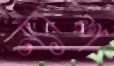
ন্যাশ